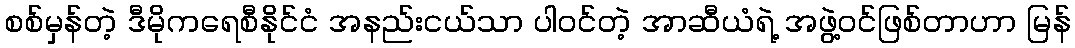
စစ်မှန်တဲ့ ဒီမိုကရေစီနိုင်ငံ အနည်းငယ်သာ ပါဝင်တဲ့ အာဆီယံရဲ့ အဖွဲ့ဝင်ဖြစ်တာဟာ မြန်